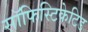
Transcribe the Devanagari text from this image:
सॉफिस्टिकेटिड